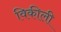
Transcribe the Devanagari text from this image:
विकीली